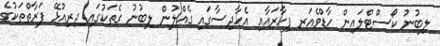
ލިބުނު ކޯސްޓްލައިން ހާޑްވެއަރ ފިހާރައާއި އެހާދިސާގައި ގެއްލުން ލިބުނު ގެތަކުގައި ދިރިއުޅޭ ފަރާތްތަކުގެ